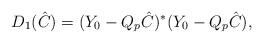
LaTeX: \begin{align*}D_1(\hat C)=(Y_0-Q_p\hat C)^*(Y_0-Q_p\hat C),\end{align*}